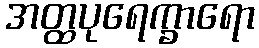
အတ္ထပုရေက္ခာရော